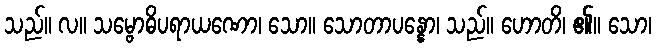
သည်။ လ။ သမ္ဗောဓိပရာယဏော၊ သော။ သောတာပန္နော၊ သည်။ ဟောတိ၊ ၏။ သော၊